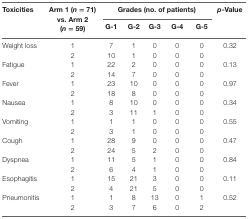
<table><thead><tr><td rowspan="2"><b>Toxicities</b></td><td rowspan="2"><b>Arm 1 (<i>n</i> = 71) vs. Arm 2 (<i>n</i> = 59)</b></td><td colspan="5"><b>Grades (no. of patients)</b></td><td rowspan="2"><b><i>p</i>-Value</b></td></tr><tr><td><b>G-1</b></td><td><b>G-2</b></td><td><b>G-3</b></td><td><b>G-4</b></td><td><b>G-5</b></td></tr></thead><tbody><tr><td rowspan="2">Weight loss</td><td>1</td><td>7</td><td>1</td><td>0</td><td>0</td><td>0</td><td rowspan="2">0.32</td></tr><tr><td>2</td><td>10</td><td>1</td><td>0</td><td>0</td><td>0</td></tr><tr><td rowspan="2">Fatigue</td><td>1</td><td>22</td><td>2</td><td>0</td><td>0</td><td>0</td><td rowspan="2">0.13</td></tr><tr><td>2</td><td>14</td><td>7</td><td>0</td><td>0</td><td>0</td></tr><tr><td rowspan="2">Fever</td><td>1</td><td>23</td><td>10</td><td>0</td><td>0</td><td>0</td><td rowspan="2">0.97</td></tr><tr><td>2</td><td>18</td><td>8</td><td>0</td><td>0</td><td>0</td></tr><tr><td rowspan="2">Nausea</td><td>1</td><td>8</td><td>10</td><td>0</td><td>0</td><td>0</td><td rowspan="2">0.34</td></tr><tr><td>2</td><td>3</td><td>11</td><td>1</td><td>0</td><td>0</td></tr><tr><td rowspan="2">Vomiting</td><td>1</td><td>1</td><td>1</td><td>0</td><td>0</td><td>0</td><td rowspan="2">0.55</td></tr><tr><td>2</td><td>3</td><td>1</td><td>0</td><td>0</td><td>0</td></tr><tr><td rowspan="2">Cough</td><td>1</td><td>28</td><td>9</td><td>0</td><td>0</td><td>0</td><td rowspan="2">0.47</td></tr><tr><td>2</td><td>24</td><td>5</td><td>2</td><td>0</td><td>0</td></tr><tr><td rowspan="2">Dyspnea</td><td>1</td><td>11</td><td>5</td><td>1</td><td>0</td><td>0</td><td rowspan="2">0.84</td></tr><tr><td>2</td><td>6</td><td>4</td><td>1</td><td>0</td><td>0</td></tr><tr><td rowspan="2">Esophagitis</td><td>1</td><td>15</td><td>21</td><td>3</td><td>0</td><td>0</td><td rowspan="2">0.11</td></tr><tr><td>2</td><td>4</td><td>21</td><td>5</td><td>0</td><td>0</td></tr><tr><td rowspan="2">Pneumonitis</td><td>1</td><td>1</td><td>8</td><td>13</td><td>0</td><td>1</td><td rowspan="2">0.52</td></tr><tr><td>2</td><td>3</td><td>7</td><td>6</td><td>0</td><td>2</td></tr></tbody></table>